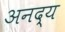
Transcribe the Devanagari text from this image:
अनद्य